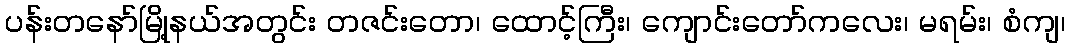
ပန်းတနော်မြို့နယ်အတွင်း တဇင်းတော၊ ထောင့်ကြီး၊ ကျောင်းတော်ကလေး၊ မရမ်း၊ စံကျ၊